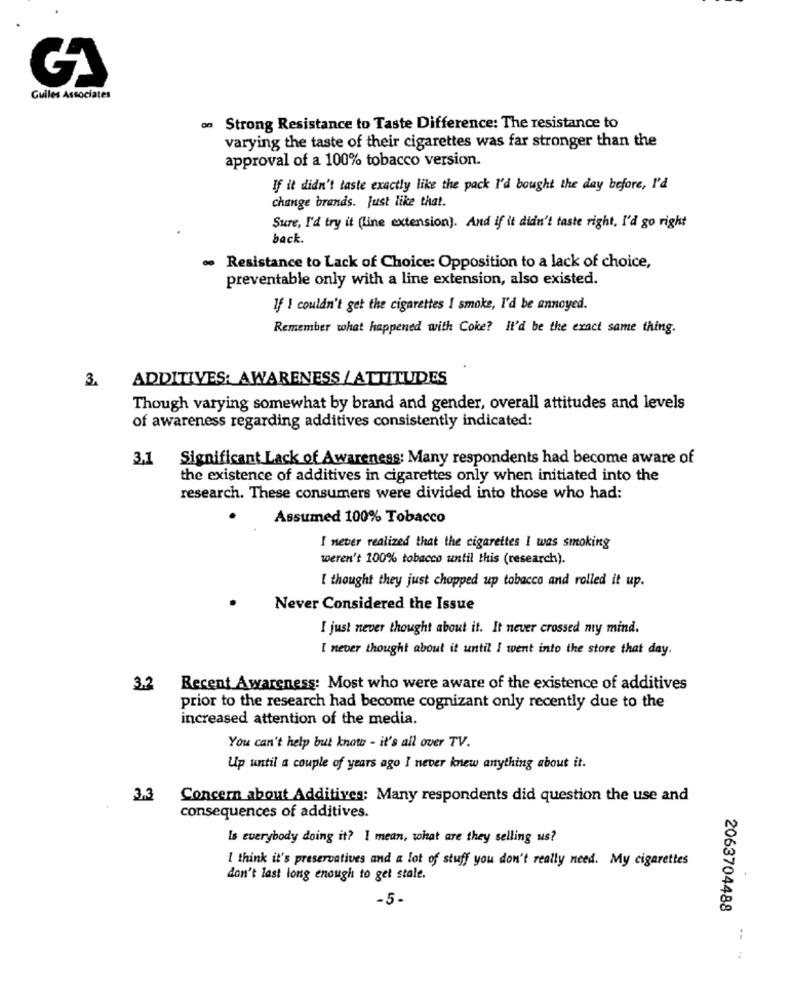
Guiles Associates
os Strong Resistance to Taste Difference: The resistance to
varying the taste of their cigarettes was far stronger than the
approval of a 100% tobacco version.
If it didn't taste exactly like the pack I'd bought the day before, I'd
change brands. Just like that.
Sure, I'd try it (line extension). And if it didn't taste right, I'd go right
back
· Resistance to Lack of Choice: Opposition to a lack of choice,
preventable only with a line extension, also existed.
If I couldn't get the cigarettes I smoke, I'd be annoyed.
Remember what happened with Coke? It'd be the exact same thing.
ADDITIVES: AWARENESS /ATTITUDES
3.
Though varying somewhat by brand and gender, overall attitudes and levels
of awareness regarding additives consistently indicated:
3,1
Significant Lack of Awareness: Many respondents had become aware of
the existence of additives in cigarettes only when initiated into the
research. These consumers were divided into those who had:
Assumed 100% Tobacco
I never realized that the cigarettes I was smoking
weren't 100% tobacco until this (research).
I thought they just chopped up tobacco and rolled it up.
Never Considered the Issue
I just never thought about it. It never crossed my mind.
I never thought about it until I went into the store that day.
3.2
Recent Awareness: Most who were aware of the existence of additives
prior to the research had become cognizant only recently due to the
increased attention of the media.
You can't help but know - it's all over TV.
Up until a couple of years ago I never knew anything about it.
3.3
Concern about Additives: Many respondents did question the use and
consequences of additives.
Is everybody doing it? I mean, what are they selling us?
I think it's preservatives and a lot of stuff you don't really need. My cigarettes
don't last long enough to get stale.
-5-
2063704488